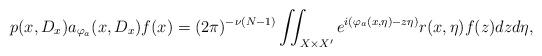
LaTeX: \begin{align*}\begin{aligned}p(x,D_x)a_{\varphi_a}(x,D_x)f(x)=(2\pi)^{-\nu(N-1)}\iint_{X\times X'}e^{i(\varphi_a(x,\eta)-z\eta)}r(x,\eta)f(z)dzd\eta,\end{aligned}\end{align*}